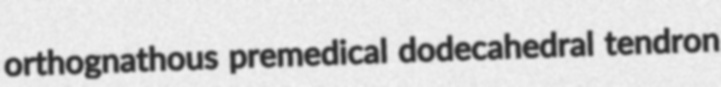
orthognathous premedical dodecahedral tendron